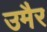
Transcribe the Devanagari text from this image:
उमैर